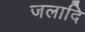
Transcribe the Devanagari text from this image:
जलादि